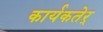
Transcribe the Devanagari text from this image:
कार्यकतेर्